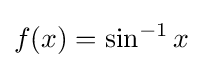
f(x)=\sin ^{-1}x